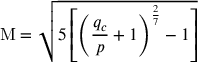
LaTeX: \mathrm { M } = { \sqrt { 5 \left[ \left( { \frac { q _ { c } } { p } } + 1 \right) ^ { \frac { 2 } { 7 } } - 1 \right] } }